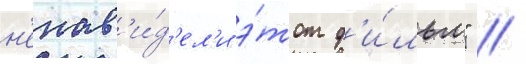
н'енав'и́д'ел'и э́тот ф'и́льм" //